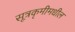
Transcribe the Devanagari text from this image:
सूत्रकृमीमधील